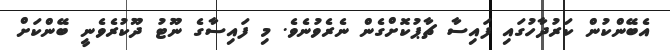
އެބޭންކުން ކަރުދާހުގައި ފައިސާ ޗާޕުކޮށްގެން ނެރެވުނެވެ. މި ފައިސާގެ ނޫޓު ދޫކުރެވެނީ ބޭންކަށް